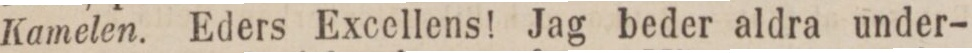
Kamelen. Eders Excellens! Jag beder aldra under-